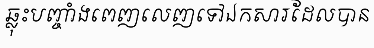
ឆ្លុះបញ្ចាំងពេញលេញទៅឯកសារដែលបាន